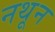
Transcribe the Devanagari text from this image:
नथून